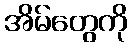
အိမ်တွေကို